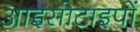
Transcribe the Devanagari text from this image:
आइसोटाइपों